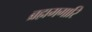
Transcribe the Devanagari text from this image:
ब्रह्ममगारि